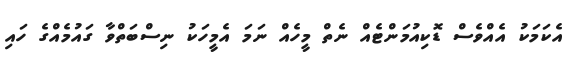
އެކަމަކު އެއްވެސް ޑޮކިއުމަންޓެއް ނެތް މީހެއް ނަމަ އެމީހަކު ނިސްބަތްވާ ގައުމެއްގެ ހައި